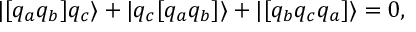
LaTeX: | [ q _ { a } q _ { b } ] q _ { c } \rangle + | q _ { c } [ q _ { a } q _ { b } ] \rangle + | [ q _ { b } q _ { c } q _ { a } ] \rangle = 0 ,